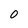
Character: 0